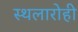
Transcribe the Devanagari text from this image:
स्थलारोही